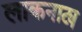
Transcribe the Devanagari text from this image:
लाकनाट्य